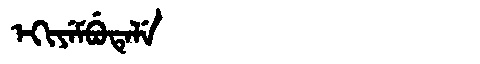
Manchu: ᡝᡴᡳᠶᡝᠮᠪᡠᡨᡝᠯᡝ
Romanization: EKIYEMBUTELE